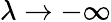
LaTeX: \lambda\to-\infty